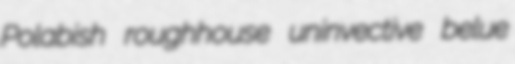
Polabish roughhouse uninvective belue